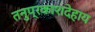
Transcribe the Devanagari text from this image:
तनुप्रकाशदेहाय